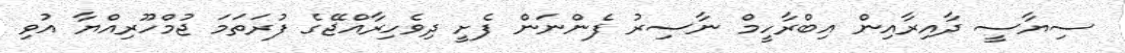
ސިޔާސީ ދާއިރާއިން އިބްރާހީމް ނާސިރު ފެންނަން ފެށީ ދިވެހިރާއްޖޭގެ ފުރަތަމަ ޖުމްހޫރިއްޔާ އުވި